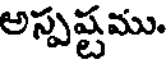
అస్పష్టము.